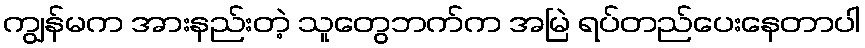
ကျွန်မက အားနည်းတဲ့ သူတွေဘက်က အမြဲ ရပ်တည်ပေးနေတာပါ